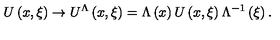
U \left( { x , \xi } \right) \to U ^ { \Lambda } \left( { x , \xi } \right) = \Lambda \left( x \right) U \left( { x , \xi } \right) \Lambda ^ { - 1 } \left( \xi \right) .